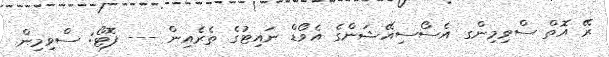
ރޭ އޮތް ސްވިމިންގ އެސޯސިއޭޝަންގެ އެވޯޑް ނައިޓުގެ ތެރެއިން --- ފޮޓޯ: ސްވިމިން